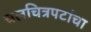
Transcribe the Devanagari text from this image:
चलचित्रपटांचा